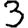
Digit: 3